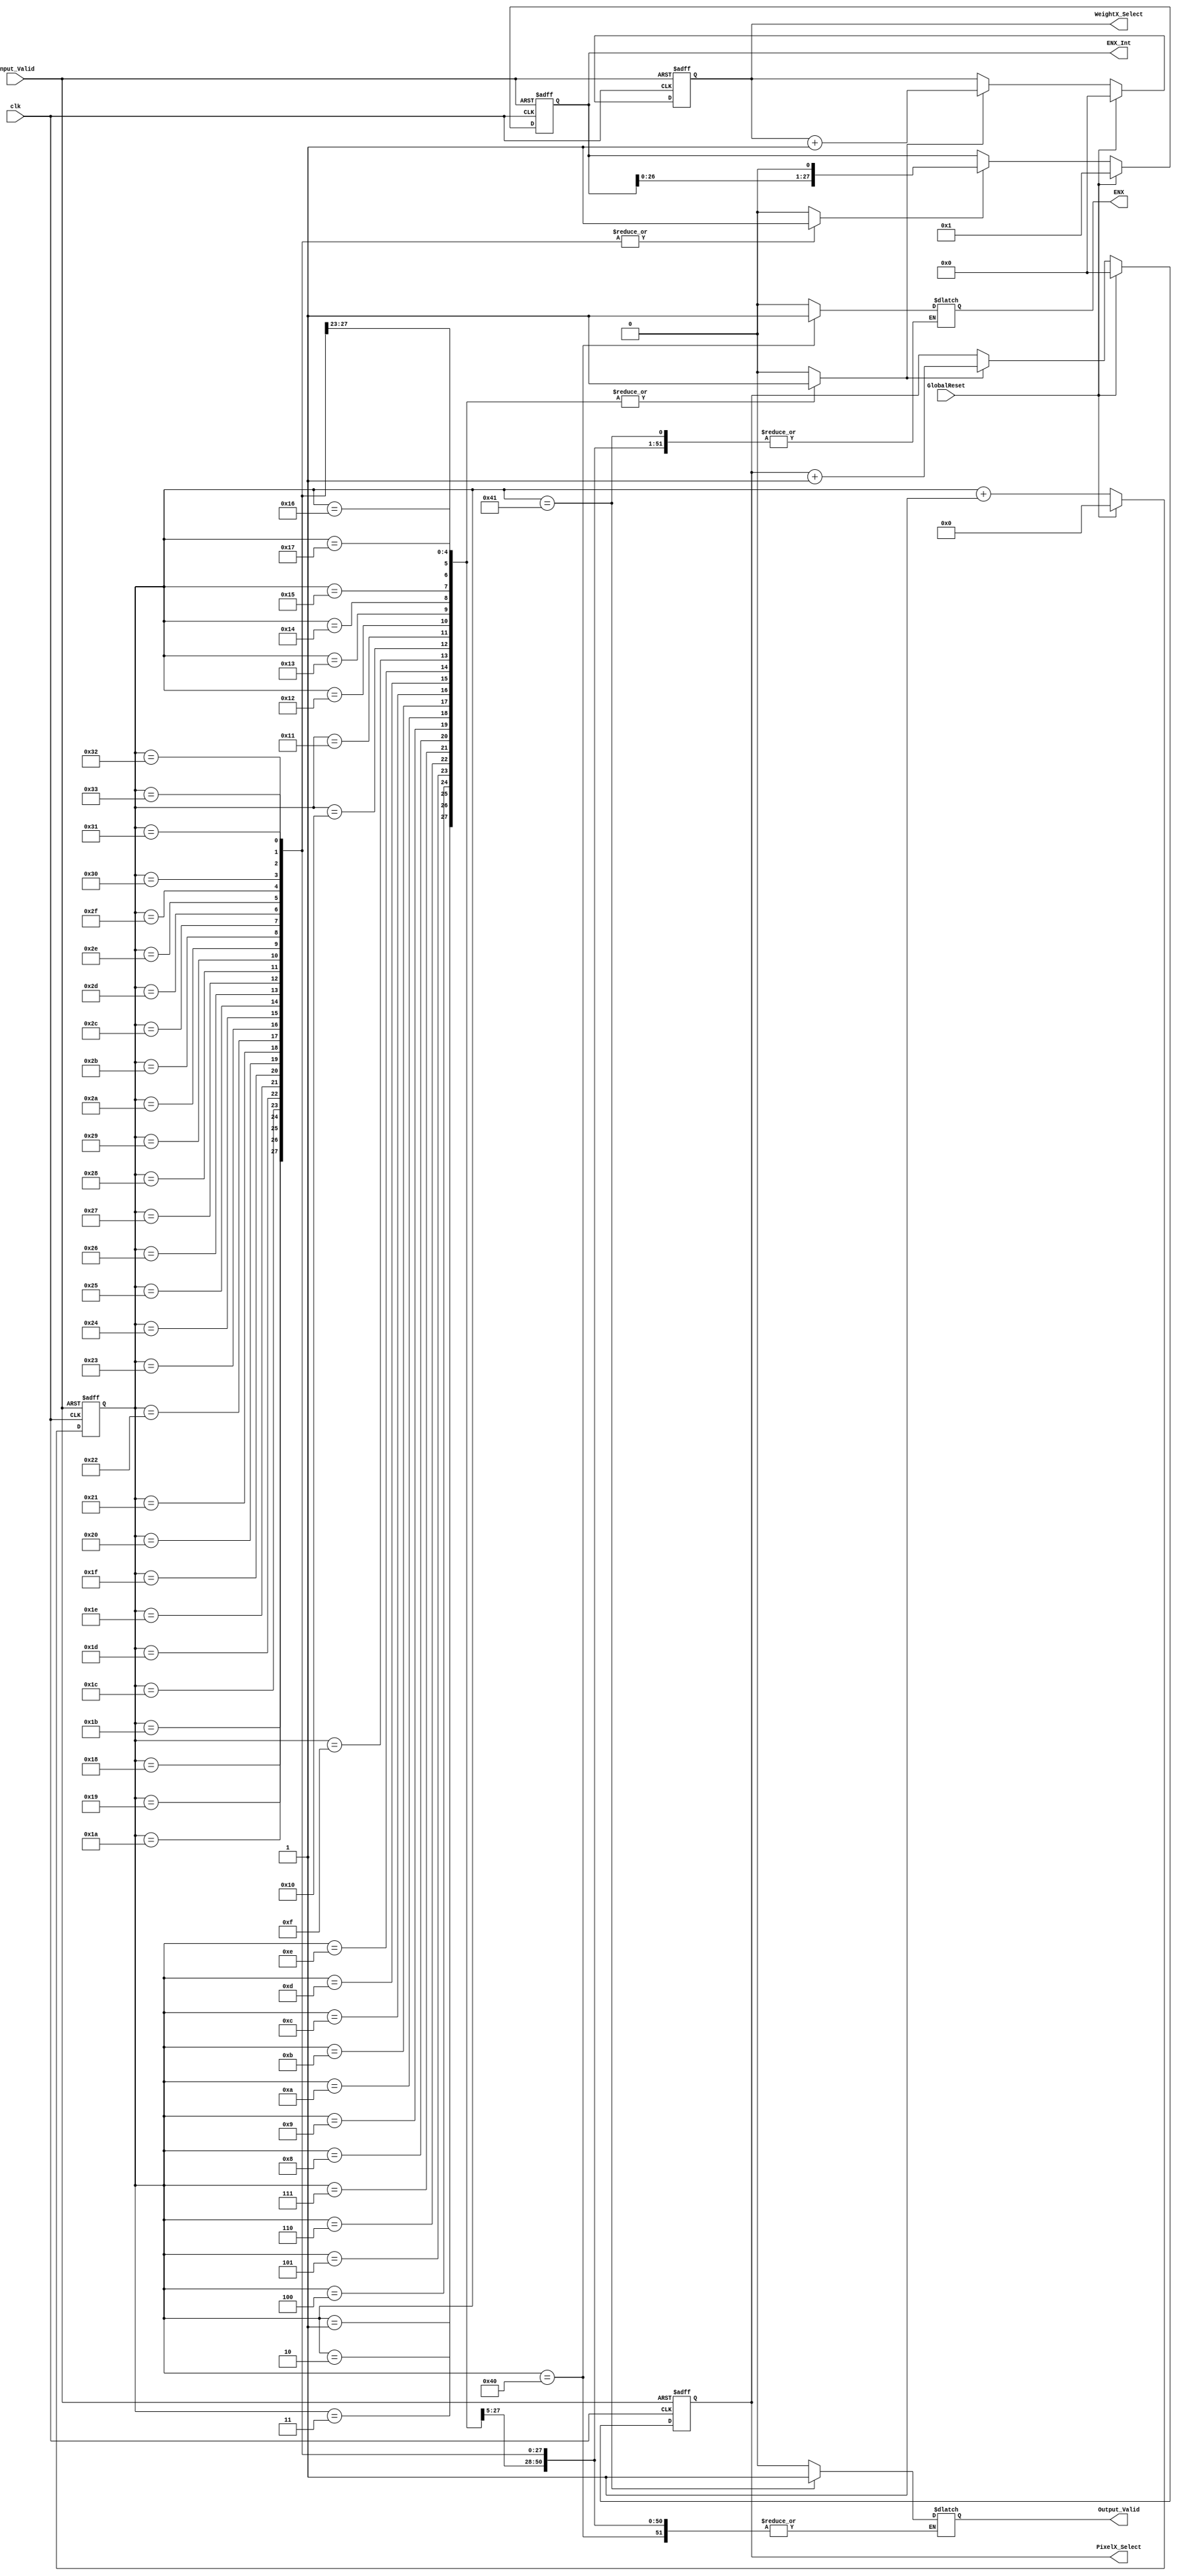
//TESTED
module Ctrl_Unit(
    input clk,
    input GlobalReset,
    input Input_Valid,
    output [4:0] WeightX_Select,
    output [4:0] PixelX_Select,
    output [27:0] ENX_Int,
    output ENX,
    output Output_Valid 
);

//cntr for cycles
reg [6:0] cnt;
always@(posedge clk, posedge Input_Valid) begin
    if(Input_Valid == 1) cnt <= 0;
    else if (GlobalReset == 1) cnt <= 0;
    else cnt <= cnt+1;
end

//FF for weight select and pixel select
reg    [4:0]   WeightX_Select_FF, PixelX_Select_FF;
//wire    W_INC_IN, P_INC_IN;
reg     W_INC, P_INC;
//assign W_INC_IN = W_INC;
//assign P_INC_IN = P_INC;
assign WeightX_Select = WeightX_Select_FF;
assign PixelX_Select  = PixelX_Select_FF;
always@(posedge clk, posedge Input_Valid) begin
    if(Input_Valid == 1) WeightX_Select_FF <= 5'd0;
    else if(GlobalReset == 1) WeightX_Select_FF <= 5'd0;
    else if(W_INC) WeightX_Select_FF <= WeightX_Select + 1;
end
always@(posedge clk, posedge Input_Valid) begin
    if(Input_Valid == 1) PixelX_Select_FF  <= 5'd0;
    else if(GlobalReset == 1) PixelX_Select_FF  <= 5'd0;
    else if(W_INC) PixelX_Select_FF  <= PixelX_Select  + 1;
end
//FF_EN #(5) w_flop(clk, GlobalReset, WeightX_Select_FF, WeightX_Select, W_INC_IN);
//FF_EN #(5) p_flop(clk, GlobalReset, PixelX_Select_FF,  PixelX_Select,  P_INC_IN);

//FF for ENX_Int
reg     [27:0]   ENX_Int_FF;
reg     E_SHFT;
assign ENX_Int = ENX_Int_FF;
always@(posedge clk, posedge Input_Valid) begin
    if(Input_Valid == 1) ENX_Int_FF <= 28'b0000000000000000000000000001;
    else if(GlobalReset == 1)  ENX_Int_FF <= 28'b0000000000000000000000000001;
    else if(E_SHFT) ENX_Int_FF <= ENX_Int << 1;
end

//reg for ENX OutValid
reg ENX_R,Output_Valid_R;
assign ENX = ENX_R;
assign Output_Valid = Output_Valid_R;

always @(cnt) begin
    W_INC = 1'b0;
    P_INC = 1'b0;
    E_SHFT = 1'b0;
    case(cnt)
        default: begin
            W_INC = 1'b0;
            P_INC = 1'b0;
            E_SHFT = 1'b0;
            ENX_R = 1'b0;
            Output_Valid_R = 1'b0;
        end
        7'd1:  begin W_INC = 1'b1; P_INC = 1'b1; end
        7'd2:  begin W_INC = 1'b1; P_INC = 1'b1; end
        7'd3:  begin W_INC = 1'b1; P_INC = 1'b1; end
        7'd4:  begin W_INC = 1'b1; P_INC = 1'b1; end
        7'd5:  begin W_INC = 1'b1; P_INC = 1'b1; end
        7'd6:  begin W_INC = 1'b1; P_INC = 1'b1; end
        7'd7:  begin W_INC = 1'b1; P_INC = 1'b1; end
        7'd8:  begin W_INC = 1'b1; P_INC = 1'b1; end
        7'd9:  begin W_INC = 1'b1; P_INC = 1'b1; end
        7'd10: begin W_INC = 1'b1; P_INC = 1'b1; end
        7'd11: begin W_INC = 1'b1; P_INC = 1'b1; end
        7'd12: begin W_INC = 1'b1; P_INC = 1'b1; end
        7'd13: begin W_INC = 1'b1; P_INC = 1'b1; end
        7'd14: begin W_INC = 1'b1; P_INC = 1'b1; end
        7'd15: begin W_INC = 1'b1; P_INC = 1'b1; end
        7'd16: begin W_INC = 1'b1; P_INC = 1'b1; end
        7'd17: begin W_INC = 1'b1; P_INC = 1'b1; end
        7'd18: begin W_INC = 1'b1; P_INC = 1'b1; end
        7'd19: begin W_INC = 1'b1; P_INC = 1'b1; end
        7'd20: begin W_INC = 1'b1; P_INC = 1'b1; end
        7'd21: begin W_INC = 1'b1; P_INC = 1'b1; end
        7'd22: begin W_INC = 1'b1; P_INC = 1'b1; end
        7'd23: begin W_INC = 1'b1; P_INC = 1'b1; end
        7'd24: begin W_INC = 1'b1; P_INC = 1'b1; E_SHFT = 1'b1; end
        7'd25: begin W_INC = 1'b1; P_INC = 1'b1; E_SHFT = 1'b1; end
        7'd26: begin W_INC = 1'b1; P_INC = 1'b1; E_SHFT = 1'b1; end
        7'd27: begin W_INC = 1'b1; P_INC = 1'b1; E_SHFT = 1'b1; end
        7'd28: begin W_INC = 1'b1; P_INC = 1'b1; E_SHFT = 1'b1; end
        7'd29: begin E_SHFT = 1'b1; end
        7'd30: begin E_SHFT = 1'b1; end
        7'd31: begin E_SHFT = 1'b1; end
        7'd32: begin E_SHFT = 1'b1; end
        7'd33: begin E_SHFT = 1'b1; end
        7'd34: begin E_SHFT = 1'b1; end
        7'd35: begin E_SHFT = 1'b1; end
        7'd36: begin E_SHFT = 1'b1; end
        7'd37: begin E_SHFT = 1'b1; end
        7'd38: begin E_SHFT = 1'b1; end
        7'd39: begin E_SHFT = 1'b1; end
        7'd40: begin E_SHFT = 1'b1; end
        7'd41: begin E_SHFT = 1'b1; end
        7'd42: begin E_SHFT = 1'b1; end
        7'd43: begin E_SHFT = 1'b1; end
        7'd44: begin E_SHFT = 1'b1; end
        7'd45: begin E_SHFT = 1'b1; end
        7'd46: begin E_SHFT = 1'b1; end
        7'd47: begin E_SHFT = 1'b1; end
        7'd48: begin E_SHFT = 1'b1; end
        7'd49: begin E_SHFT = 1'b1; end
        7'd50: begin E_SHFT = 1'b1; end
        7'd51: begin E_SHFT = 1'b1; end
        7'd64: begin ENX_R = 1'b1; end
        7'd65: begin Output_Valid_R = 1'b1; end
    endcase
end



endmodule